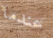
عندما